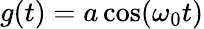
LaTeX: g(t)=a\cos(\omega_{0}t)